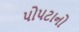
પોપટાનો